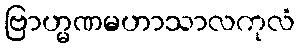
ဗြာဟ္မဏမဟာသာလကုလံ